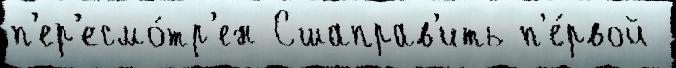
п'ер'есмо́тр'ен Сшаправ'ить п'е́рвой